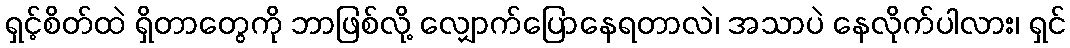
ရှင့်စိတ်ထဲ ရှိတာတွေကို ဘာဖြစ်လို့ လျှောက်ပြောနေရတာလဲ၊ အသာပဲ နေလိုက်ပါလား၊ ရှင်